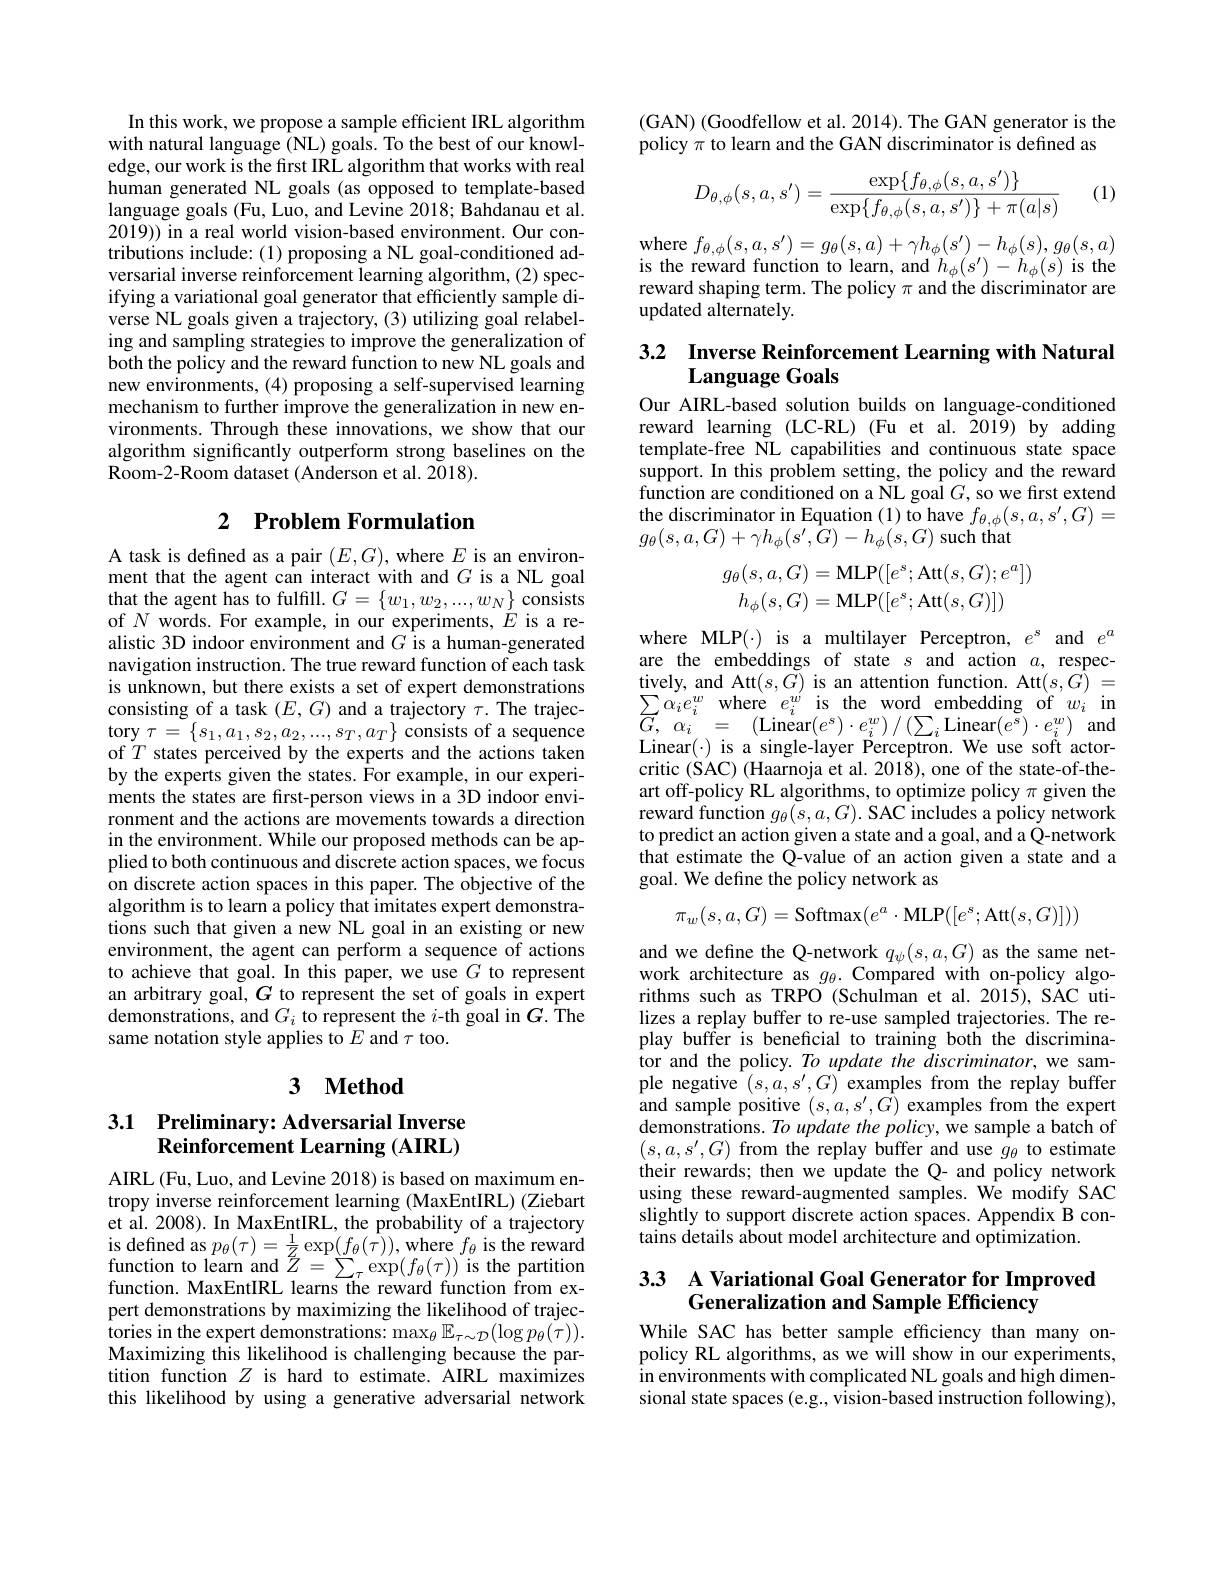
In this work, we propose a sample efficient IRL algorithm with natural language (NL) goals. To the best of our knowledge, our work is the fırst IRL algorithm that works with real human generated NL goals (as opposed to template-based language goals (Fu, Luo, and Levine 2018; Bahdanau et al. 2019)) in a real world vision-based environment. Our contributions include:(1) proposing a NL goal-conditioned adversarial inverse reinforcement learning algorithm, (2) specifying a variational goal generator that efficiently sample diverse NL goals given a trajectory, (3) utilizing goal relabeling and sampling strategies to improve the generalization of both the policy and the reward function to new NL goals and new environments, (4) proposing a self-supervised learning mechanism to further improve the generalization in new environments. Through these innovations, we show that our algorithm significantly outperform strong baselines on the Room-2-Room dataset (Anderson et al. 2018).

## 2 Problem Formulation

A task is defined as a pair $(E,G)$, where $E$ is an environment that the agent can interact with and $G$ is a NL goal that the agent has to fulfill. $G=\{w_1,w_2,...,w_N\}$ consists of $N$ words. For example, in our experiments, $E$ is a realistic 3D indoor environment and $G$ is a human-generated navigation instruction. The true reward function of each task is unknown, but there exists a set of expert demonstrations consisting of a task $(E,G)$ and a trajectory $\tau.$ The trajec- $\mathop{\mathrm{tory~}\tau=\{s_{1},a_{1},s_{2},a_{2},...,s_{T},a_{T}\}}\mathop{\mathrm{consists~of~a~sequence}}$ of $T$ states perceived by the experts and the actions taken by the experts given the states. For example, in our experiments the states are first-person views in a 3D indoor environment and the actions are movements towards a direction in the environment. While our proposed methods can be applied to both continuous and discrete action spaces, we focus on discrete action spaces in this paper. The objective of the algorithm is to learn a policy that imitates expert demonstrations such that given a new NL goal in an existing or new environment, the agent can perform a sequence of actions to achieve that goal. In this paper, we use $G$ to represent an arbitrary goal, $G$ to represent the set of goals in expert demonstrations, and $G_i$ to represent the $i$-th goal in $G.$The same notation style applies to $E$ and $\tau$ too.

## 3 $\textbf{Method}$

## 3.1 Preliminary: Adversarial Inverse $\textbf{Reinforcement Learning ( AIRL) }$

AIRL (Fu, Luo, and Levine 2018) is based on maximum entropy inverse reinforcement learning (MaxEntIRL) (Ziebart et al. 2008). In MaxEntIRL, the probability of a trajectory $\begin{array}{l}{\mathrm{is~defined~as~}p_{\theta}(\tau)=\frac{1}{Z}\exp(f_{\theta}(\tau)),\mathrm{where~}f_{\theta}\text{ is the reward}}\\{\mathrm{function~to~learn~and~}Z=\sum_{\tau}\exp(f_{\theta}(\tau))\mathrm{~is~the~partition}}\\{\mathrm{function.~MaxEntIRL~learns~the~reward~function~from~ex-}}\end{array}$ pert demonstrations by maximizing the likelihood of trajec- $\operatorname{tories~in~the~expert~demonstrations:~max}_{\theta}\mathbb{E}_{\tau\sim\mathcal{D}}(\log p_{\theta}(\tilde{\tau})).$ Maximizing this likelihood is challenging because the partition function $Z$ is hard to estimate. AIRL maximizes this likelihood by using a generative adversarial network

(GAN) (Goodfellow et al. 2014). The GAN generator is the policy $\pi$ to learn and the GAN discriminator is defined as
$$D_{\theta,\phi}(s,a,s')=\frac{\exp\{f_{\theta,\phi}(s,a,s')\}}{\exp\{f_{\theta,\phi}(s,a,s')\}+\pi(a|s)}$$
(1)

${\mathrm{where~}f_{\theta,\phi}(s,a,s^{\prime})}=g_{\theta}(s,a)+\gamma h_{\phi}(s^{\prime})-h_{\phi}(s),g_{\theta}(s,a)$ is the reward function to learn, and $h_\phi(s^{\prime})-h_\phi(s)$ is the reward shaping term. The policy $\pi$ and the discriminator are updated alternately.

## 3.2 Inverse Reinforcement Learning with Natural Language Goals

Our AIRL-based solution builds on language-conditioned reward learning (LC-RL) (Fu et al. $\tilde{2019})$ by adding template-free NL capabilities and continuous state space support. In this problem setting, the policy and the reward function are conditioned on a NL goal $G$, so we first extend $\begin{array}{l}\text{the discriminator in Equation (1) to have }f_{\theta,\phi}(s,a,s^{\prime},G)=\\g_{\theta}(s,a,G)+\gamma h_{\phi}(s^{\prime},G)-h_{\phi}(s,G)\text{ such that}\end{array}$
$$\begin{aligned}g_{\theta}(s,a,G)&=\mathrm{MLP}([e^{s};\mathrm{Att}(s,G);e^{a}])\\h_{\phi}(s,G)&=\mathrm{MLP}([e^{s};\mathrm{Att}(s,G)])\end{aligned}$$
where MLP(·) is a multilayer Perceptron, $e^s$ and $e^a$ are the embeddings of state $s$ and action $a$, respectively, and Att$(s,\tilde{G})$ is an attention function. Att$(s,\dot{G})=$ $\sum _{C}\alpha _{i}e_{i}^{w}$ where $e_{i}^{w^{\prime }}$ is the word embedding of $w_{i}$ in $\begin{array}{rcl}{{\overleftarrow{G},~\alpha_{i}~=~({\mathrm{Linear}}(e^{s})\cdot e_{i}^{w})/(\sum_{i}{\mathrm{Linear}}(e^{s})\cdot e_{i}^{w})~\mathrm{and}}}\\{{\mathrm{Lined}(~)~i~=~({\mathrm{Linear}}(e^{s})\cdot\mathbf{D}_{i}^{w})/(\sum_{i}{\mathrm{Linear}}(e^{s})\cdot e_{i}^{w})~\mathrm{and}}\end{array}}$ $Linear(\cdot) is a single-layer Perceptron. We use soft actor-$ critic (SAC) (Haarnoja et al. 2018), one of the state-of-theart off-policy RL algorithms, to optimize policy $\pi$ given the reward function $g_\theta(s,a,G).$ SAC includes a policy network to predict an action given a state and a goal, and a Q-network that estimate the Q-value of an action given a state and a goal. We define the policy network as
$$\pi_w(s,a,G)=\mathrm{Softmax}(e^a\cdot\mathrm{MLP}([e^s;\mathrm{Att}(s,G)]))$$
and we define the Q-network $q_\psi(s,a,G)$ as the same network architecture as $g_\theta.$ Compared with on-policy algorithms such as TRPO (Schulman et al.2015), SAC utilizes a replay buffer to re-use sampled trajectories. The replay buffer is beneficial to training both the discriminator and the policy. To update the discriminator, we sam- $\begin{array}{l}{\mathrm{ple~negative~}(s,a,s^{\prime},G)~examples~from~the~replay~buffer}\\{\mathrm{and~sample~positive~}(s,a,s^{\prime},G)~examples~from~the~expert}\end{array}$ demonstrations. To update the policy, we sample a batch of $(s,a,s^{\prime},G)$ from the replay buffer and use $g_\theta$ to estimate their rewards; then we update the Q- and policy network using these reward-augmented samples. We modify SAC slightly to support discrete action spaces. Appendix B contains details about model architecture and optimization.

## 33 A Variational Goal Generator for Improved Generalization and Sample Efficiency

While SAC has better sample efficiency than many onpolicy RL algorithms, as we will show in our experiments, in environments with complicated NL goals and high dimensional state spaces (e.g., vision-based instruction following),